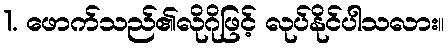
1. ဖောက်သည်၏လိုဂိုဖြင့် လုပ်နိုင်ပါသလား။